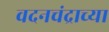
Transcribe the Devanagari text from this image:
वदनचंद्राच्या